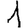
Digit: 1